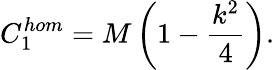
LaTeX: C_{1}^{hom}=M\left(1-\frac{k^{2}}{4}\right).